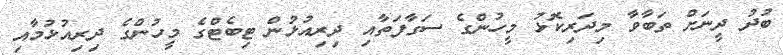
ބުދު ދީނަށް ތަބާވާ މިދަރިކޮޅު މީހުންގެ ސަގާފަތާއި ދިރިއުޅުން ޓިބެޓްގެ މީހުންގެ ދިރިއުޅުމާއި